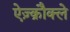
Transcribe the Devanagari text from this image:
ऐज़्क्रौक्ले